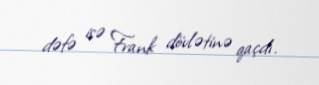
dəfə isə Frank dövlətinə qaçdı.